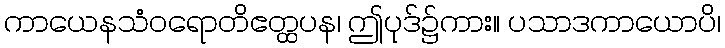
ကာယေနသံဝရောတိဧတ္ထပန၊ ဤပုဒ်၌ကား။ ပသာဒကာယောပိ၊